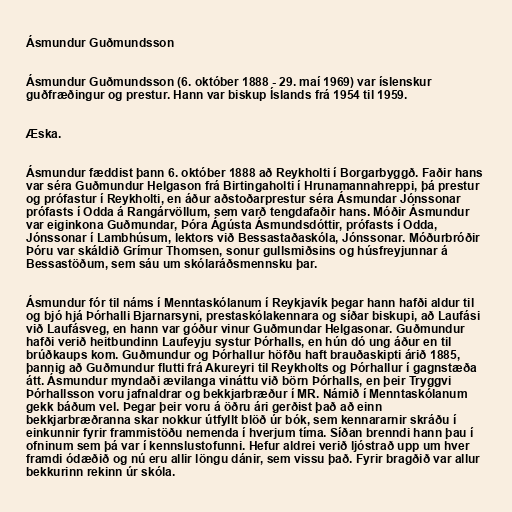
Ásmundur Guðmundsson

Ásmundur Guðmundsson (6. október 1888 - 29. maí 1969) var íslenskur
guðfræðingur og prestur. Hann var biskup Íslands frá 1954 til 1959.

Æska.

Ásmundur fæddist þann 6. október 1888 að Reykholti í Borgarbyggð. Faðir hans
var séra Guðmundur Helgason frá Birtingaholti í Hrunamannahreppi, þá prestur
og prófastur í Reykholti, en áður aðstoðarprestur séra Ásmundar Jónssonar
prófasts í Odda á Rangárvöllum, sem varð tengdafaðir hans. Móðir Ásmundur
var eiginkona Guðmundar, Þóra Ágústa Ásmundsdóttir, prófasts í Odda,
Jónssonar í Lambhúsum, lektors við Bessastaðaskóla, Jónssonar. Móðurbróðir
Þóru var skáldið Grímur Thomsen, sonur gullsmiðsins og húsfreyjunnar á
Bessastöðum, sem sáu um skólaráðsmennsku þar.

Ásmundur fór til náms í Menntaskólanum í Reykjavík þegar hann hafði aldur til
og bjó hjá Þórhalli Bjarnarsyni, prestaskólakennara og síðar biskupi, að Laufási
við Laufásveg, en hann var góður vinur Guðmundar Helgasonar. Guðmundur
hafði verið heitbundinn Laufeyju systur Þórhalls, en hún dó ung áður en til
brúðkaups kom. Guðmundur og Þórhallur höfðu haft brauðaskipti árið 1885,
þannig að Guðmundur flutti frá Akureyri til Reykholts og Þórhallur í gagnstæða
átt. Ásmundur myndaði ævilanga vináttu við börn Þórhalls, en þeir Tryggvi
Þórhallsson voru jafnaldrar og bekkjarbræður í MR. Námið í Menntaskólanum
gekk báðum vel. Þegar þeir voru á öðru ári gerðist það að einn
bekkjarbræðranna skar nokkur útfyllt blöð úr bók, sem kennararnir skráðu í
einkunnir fyrir frammistöðu nemenda í hverjum tíma. Síðan brenndi hann þau í
ofninum sem þá var í kennslustofunni. Hefur aldrei verið ljóstrað upp um hver
framdi ódæðið og nú eru allir löngu dánir, sem vissu það. Fyrir bragðið var allur
bekkurinn rekinn úr skóla.